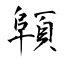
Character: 顊